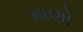
માણો